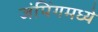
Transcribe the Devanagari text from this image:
जंपिंगमध्ये